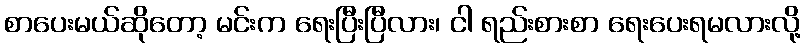
စာပေးမယ်ဆိုတော့ မင်းက ရေးပြီးပြီလား၊ ငါ ရည်းစားစာ ရေးပေးရမလားလို့